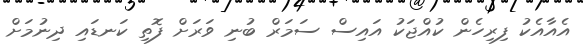
އެއާއެކު ފިރިހެން ކުއްޖަކު އައިސް ސަމަރް ބުނި ވަރަށް ފޮތި ކަނޑައި ދިނުމަށް